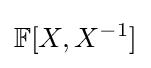
\mathbb {F} [X,X^{-1}]